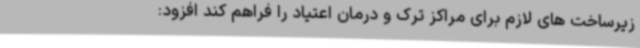
زیرساخت های لازم برای مراکز ترک و درمان اعتیاد را فراهم کند افزود: